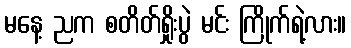
မနေ့ ညက စတိတ်ရှိုးပွဲ မင်း ကြိုက်ရဲ့လား။